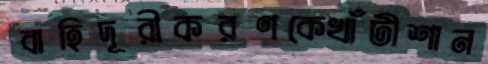
বাহিদূরীকরণকেখাঁটীশান